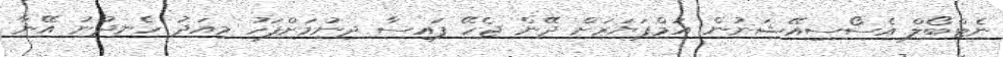
ނެޓްބޯލް އެސޯސިއޭޝަނުން އަމްޕަޔަރަށް ދޭން ޖެހޭ ފައިސާ ދިނުމަށްފަހު މިއަދު ހެނދުނު އޭނާ